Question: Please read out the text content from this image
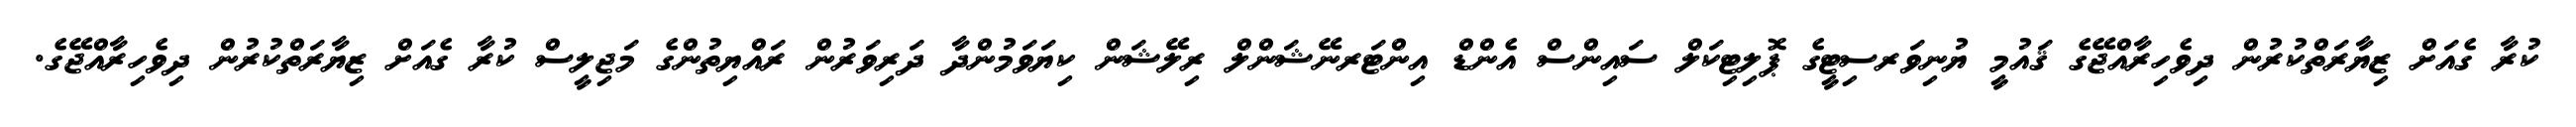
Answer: ކުރާ ގެއަށް ޒިޔާރަތްކުރުން ދިވެހިރާއްޖޭގެ ޤައުމީ ޔުނިވަރސިޓީގެ ޕޮލިޓިކަލް ސައިންސް އެންޑް އިންޓަރނޭޝަންލް ރިލޭޝަން ކިޔަވަމުންދާ ދަރިވަރުން ރައްޔިތުންގެ މަޖިލީސް ކުރާ ގެއަށް ޒިޔާރަތްކުރުން ދިވެހިރާއްޖޭގެ.